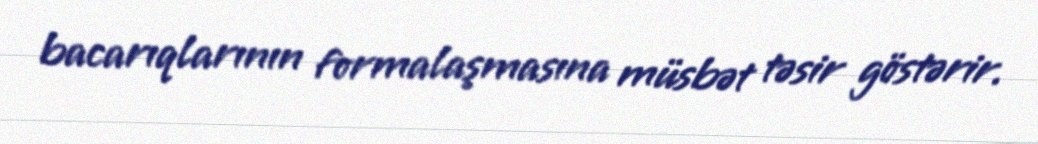
bacarıqlarının formalaşmasına müsbət təsir göstərir.